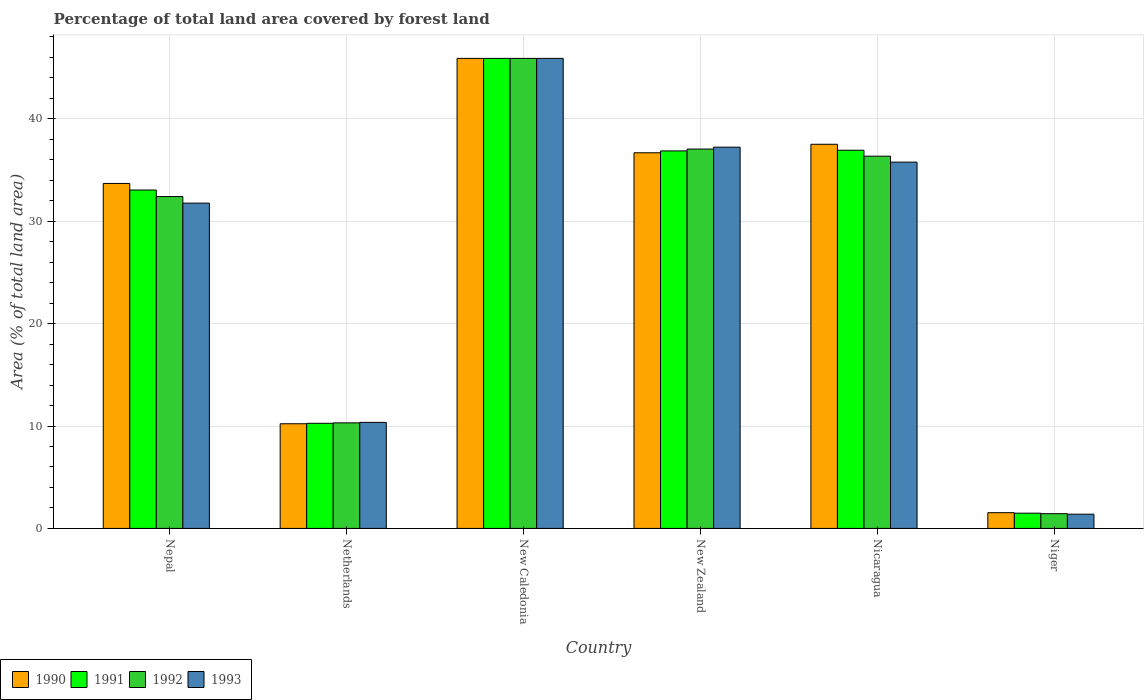
| Country | 1990 | 1991 | 1992 | 1993 |
 | --- | --- | --- | --- | --- |
 | Nepal | 33.7 | 33 | 32.4 | 31.8 |
 | Netherlands | 10.2 | 10.3 | 10.3 | 10.4 |
 | New Caledonia | 45.9 | 45.9 | 45.9 | 45.9 |
 | New Zealand | 36.7 | 36.9 | 37 | 37.2 |
 | Nicaragua | 37.5 | 36.9 | 36.3 | 35.8 |
 | Niger | 1.54 | 1.49 | 1.44 | 1.39 |